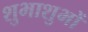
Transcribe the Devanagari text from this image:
शुभाशुभों